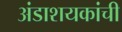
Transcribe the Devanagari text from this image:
अंडाशयकांची